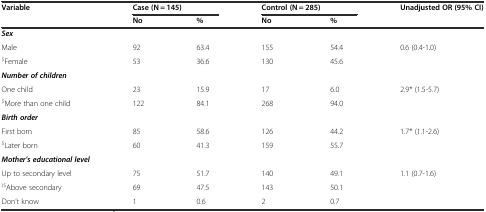
| Variable | <COLSPAN=2> Case (N = 145) | <COLSPAN=2> Control (N = 285) | Unadjusted OR (95% CI) |
 |  | No | % | No | % |  |
 | --- | --- | --- | --- | --- | --- |
 | Sex |  |  |  |  |  |
 | Male | 92 | 63.4 | 155 | 54.4 | 0.6 (0.4-1.0) |
 | $Female | 53 | 36.6 | 130 | 45.6 |  |
 | Number of children |  |  |  |  |  |
 | One child | 23 | 15.9 | 17 | 6.0 | 2.9* (1.5-5.7) |
 | $More than one child | 122 | 84.1 | 268 | 94.0 |  |
 | Birth order |  |  |  |  |  |
 | First born | 85 | 58.6 | 126 | 44.2 | 1.7* (1.1-2.6) |
 | $Later born | 60 | 41.3 | 159 | 55.7 |  |
 | Mother’s educational level |  |  |  |  |  |
 | Up to secondary level | 75 | 51.7 | 140 | 49.1 | 1.1 (0.7-1.6) |
 | )$Above secondary | 69 | 47.5 | 143 | 50.1 |  |
 | Don’t know | 1 | 0.6 | 2 | 0.7 |  |